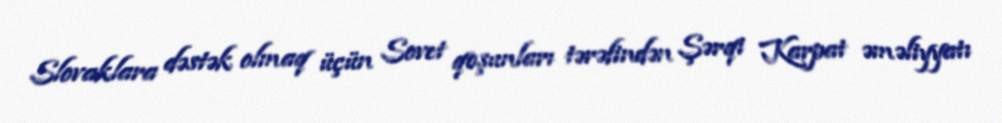
Slovaklara dəstək olmaq üçün Sovet qoşunları tərəfindən Şərqi Karpat əməliyyatı